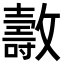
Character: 𣀘